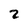
Character: 2